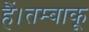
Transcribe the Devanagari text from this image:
हैं।तम्बाकू